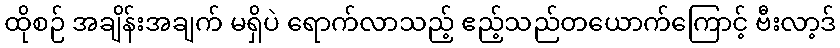
ထိုစဉ် အချိန်းအချက် မရှိပဲ ရောက်လာသည့် ဧည့်သည်တယောက်ကြောင့် ဗီးလာ့ဒ်